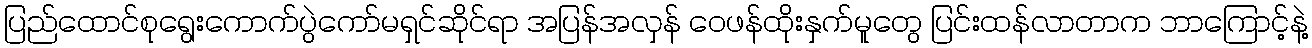
ပြည်ထောင်စုရွေးကောက်ပွဲကော်မရှင်ဆိုင်ရာ အပြန်အလှန် ဝေဖန်ထိုးနှက်မူတွေ ပြင်းထန်လာတာက ဘာကြောင့်နဲ့